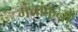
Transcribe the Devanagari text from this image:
मंचांकनों